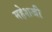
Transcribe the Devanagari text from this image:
महेशजी